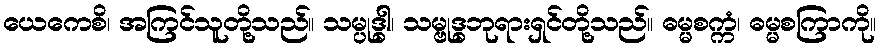
ယေကေစိ၊ အကြင်သူတို့သည်။ သမ္ပုဒ္ဓါ၊ သမ္ဗုဒ္ဓဘုရားရှင်တို့သည်။ ဓမ္မစက္ကံ၊ ဓမ္မစကြာကို။